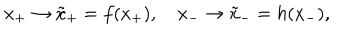
LaTeX: x _ { + } \rightarrow { \tilde { x } } _ { + } = f ( x _ { + } ) , { } ~ x _ { - } \rightarrow { \tilde { x } } _ { - } = h ( x _ { - } ) ,